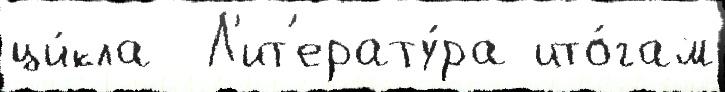
ци́кла  Л'ит'ерату́ра ито́гам